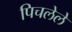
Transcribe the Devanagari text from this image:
पिचलेले